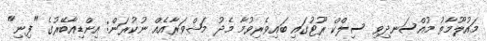
މައުލޫމާތު މުއްސަނދިވި ސިލްކް ރޫޓުގައި ބައިވެރިވުމާ މެދު މަޝްވަރާއެއް ނުކުރަން: އިންޑިއާބޭރުގެ "ފިނި"